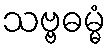
သဗ္ဗဓမ္မံ